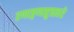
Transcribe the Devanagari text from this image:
रणाङ्गणसुचत्वरे